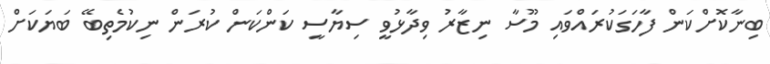
ބިނާކޮށްކަން ފާހަގަކުރައްވައި މޫސާ ނިޒާރު ވިދާޅުވީ ސިޔާސީ ކަންކަން ކުރަން ނިކުމެތިބޭ ބަޔަކަށް